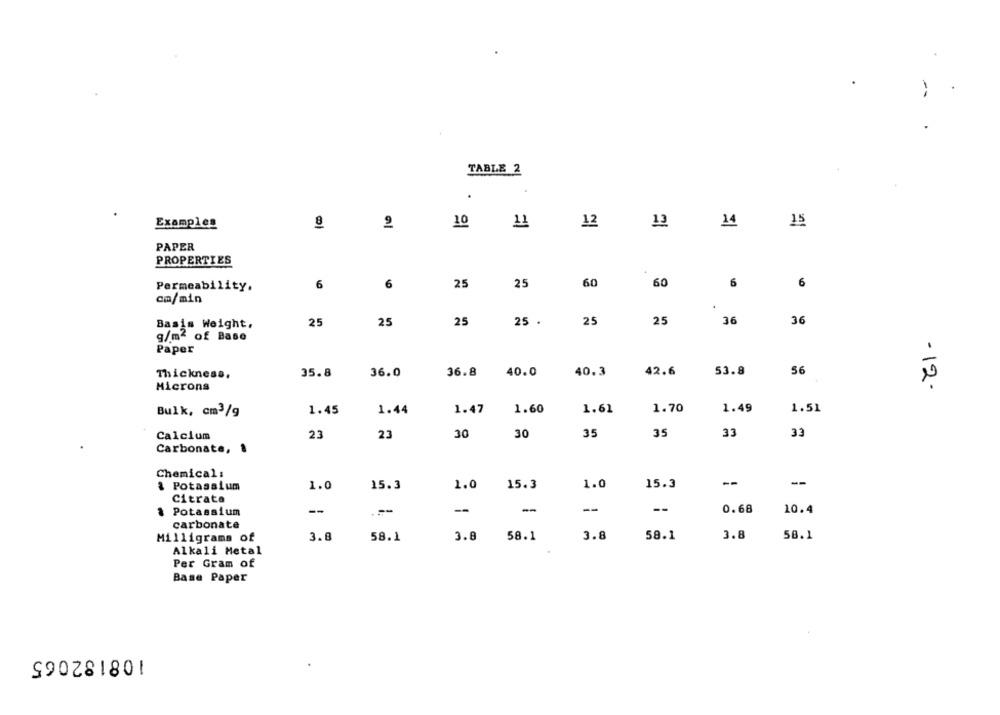
TABLE 2
.
Examples
8
2
10
12
13
14
15
PAPER
PROPERTIES
6
6
25
25
60
60
6
6
Permeability.
cm/min
25
25
25
36
36
Basis Weight.
25
25
25 .
g/m2 of Base
Paper
40.0
40.3
42.6
53.8
56
Thickness.
35.8
36.0
36.8
-12-
Microns
1.60
1.70
Bulk, cm3/g
1.45
1.44
1.47
1.61
1.49
1.51
Calcium
23
23
30
30
35
35
33
3.3
Carbonate, .
Chemical:
& Potassium
1.0
15.3
1.0
15.3
1.0
15.3
--
-
Citrate
--
-
--
--
& Potassium
--
-
0.68
10.4
carbonate
3.8
58.1
3.8
58.1
3.8
58.1
3.8
58.1
Milligrams of
Alkali Metal
Per Gram of
Base Paper
108182065